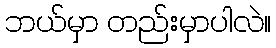
ဘယ်မှာ တည်းမှာပါလဲ။